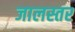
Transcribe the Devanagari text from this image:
जालस्तर